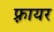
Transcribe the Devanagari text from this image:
फ़्रायर